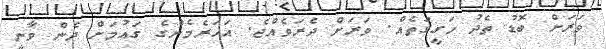
ވަރަށް ބޮޑު ތެދު ހަގީގަތެއް. ވަރަށް ދެރަވެއްޖެ. އަހަރެމެންގެ ގައުމަށް ދެން ވާނީ